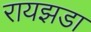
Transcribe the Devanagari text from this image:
रायझडा